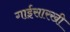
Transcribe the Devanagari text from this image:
गाईसारखी